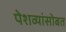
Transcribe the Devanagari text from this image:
पेशव्यांसोबत